Annual administration report of the Civil Veterinary Department of India - 1895-1896
Year: 1895
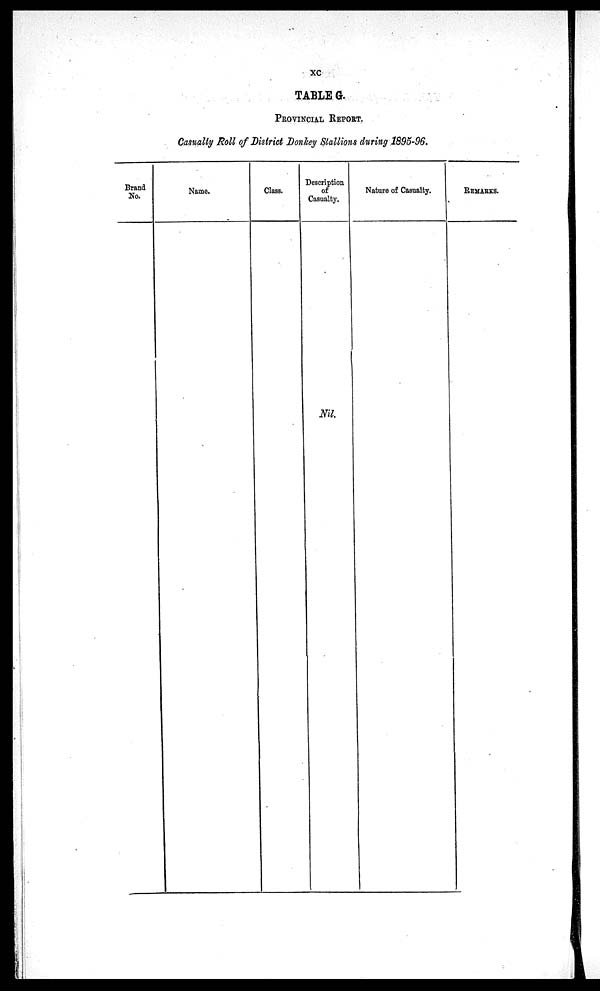
xc
TABLE G.
PROVINCIAL REPORT.
Casualty Roll of District Donkey Stallions during 1895-96.
Brand
No.
Name.
Class.
Description
of
Casualty.
Nil.
Nature of Casualty.
REMARKS.